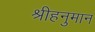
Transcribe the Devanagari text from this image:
श्रीहनुमान